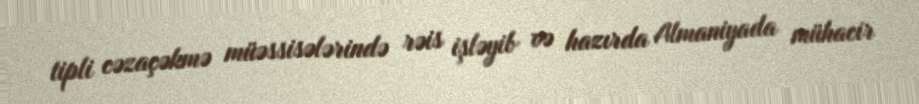
tipli cəzaçəkmə müəssisələrində rəis işləyib və hazırda Almaniyada mühacir